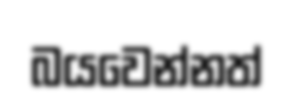
බයවෙන්නත්